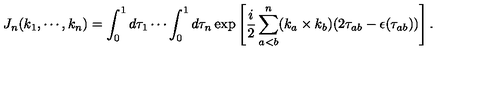
J _ { n } ( k _ { 1 } , \cdots , k _ { n } ) = \int _ { 0 } ^ { 1 } d \tau _ { 1 } \cdots \int _ { 0 } ^ { 1 } d \tau _ { n } \exp \left[ \frac { i } { 2 } \sum _ { a < b } ^ { n } ( k _ { a } \times k _ { b } ) ( 2 \tau _ { a b } - \epsilon ( \tau _ { a b } ) ) \right] .